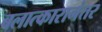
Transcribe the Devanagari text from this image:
बलात्कारानंतर